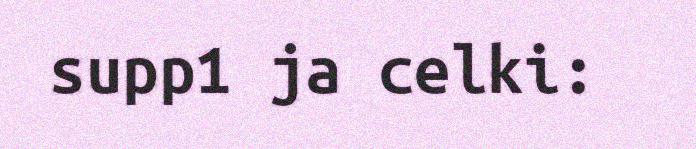
supp1 ja celki: